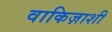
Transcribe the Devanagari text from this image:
वाकिज़ाशी